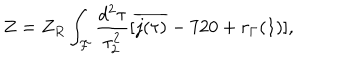
LaTeX: Z = Z _ { R } \int _ { \cal F } \frac { d ^ { 2 } \tau } { \tau _ { 2 } ^ { 2 } } [ \overline { { { j ( \tau ) } } } - 7 2 0 + r _ { \Gamma } ( 1 ) ] ,